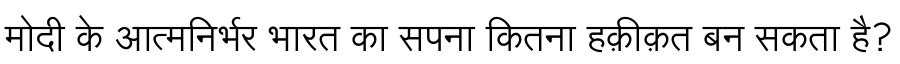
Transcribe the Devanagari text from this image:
मोदी के आत्मनिर्भर भारत का सपना कितना हक़ीक़त बन सकता है?